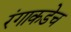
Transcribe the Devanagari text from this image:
रंगाकडेच